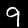
Label: 9